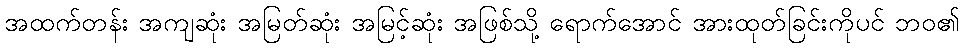
အထက်တန်း အကျဆုံး အမြတ်ဆုံး အမြင့်ဆုံး အဖြစ်သို့ ရောက်အောင် အားထုတ်ခြင်းကိုပင် ဘဝ၏